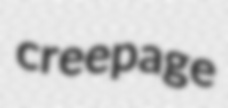
creepage